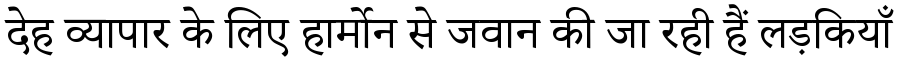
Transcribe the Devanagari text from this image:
देह व्यापार के लिए हार्मोन से जवान की जा रही हैं लड़कियाँ